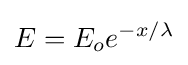
E=E_{o}e^{-x/\lambda }